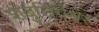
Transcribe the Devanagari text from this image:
शंबुलिंगेश्वर